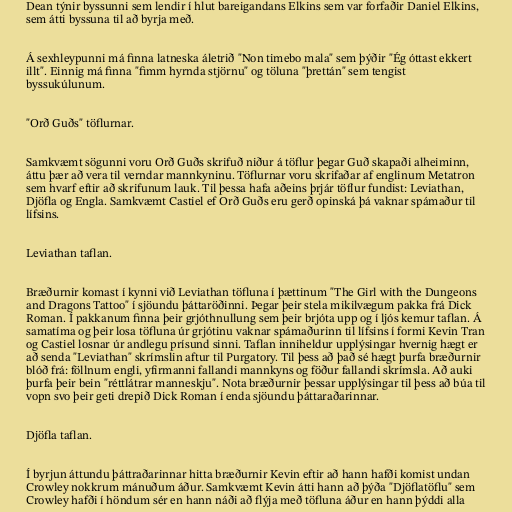
Dean týnir byssunni sem lendir í hlut bareigandans Elkins sem var forfaðir Daniel Elkins,
sem átti byssuna til að byrja með.

Á sexhleypunni má finna latneska áletrið "Non timebo mala" sem þýðir "Ég óttast ekkert
illt". Einnig má finna "fimm hyrnda stjörnu" og töluna "þrettán" sem tengist
byssukúlunum.

"Orð Guðs" töflurnar.

Samkvæmt sögunni voru Orð Guðs skrifuð niður á töflur þegar Guð skapaði alheiminn,
áttu þær að vera til verndar mannkyninu. Töflurnar voru skrifaðar af englinum Metatron
sem hvarf eftir að skrifunum lauk. Til þessa hafa aðeins þrjár töflur fundist: Leviathan,
Djöfla og Engla. Samkvæmt Castiel ef Orð Guðs eru gerð opinská þá vaknar spámaður til
lífsins.

Leviathan taflan.

Bræðurnir komast í kynni við Leviathan töfluna í þættinum "The Girl with the Dungeons
and Dragons Tattoo" í sjöundu þáttaröðinni. Þegar þeir stela mikilvægum pakka frá Dick
Roman. Í pakkanum finna þeir grjóthnullung sem þeir brjóta upp og í ljós kemur taflan. Á
samatíma og þeir losa töfluna úr grjótinu vaknar spámaðurinn til lífsins í formi Kevin Tran
og Castiel losnar úr andlegu prísund sinni. Taflan inniheldur upplýsingar hvernig hægt er
að senda "Leviathan" skrímslin aftur til Purgatory. Til þess að það sé hægt þurfa bræðurnir
blóð frá: föllnum engli, yfirmanni fallandi mannkyns og föður fallandi skrímsla. Að auki
þurfa þeir bein "réttlátrar manneskju". Nota bræðurnir þessar upplýsingar til þess að búa til
vopn svo þeir geti drepið Dick Roman í enda sjöundu þáttaraðarinnar.

Djöfla taflan.

Í byrjun áttundu þáttraðarinnar hitta bræðurnir Kevin eftir að hann hafði komist undan
Crowley nokkrum mánuðum áður. Samkvæmt Kevin átti hann að þýða "Djöflatöflu" sem
Crowley hafði í höndum sér en hann náði að flýja með töfluna áður en hann þýddi alla